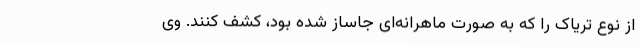
از نوع تریاک را که به صورت ماهرانه‌ای جاساز شده بود، کشف کنند. وی